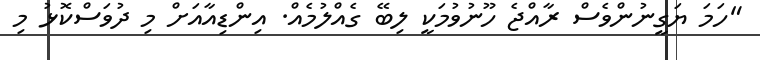
"ހަމަ ޔަގީނުންވެސް ރާއްޖެ ހޫނުވުމަކީ ލިބޭ ގެއްލުމެއް. އިންޑިއާއަށް މި ދުވަސްކޮޅު މި